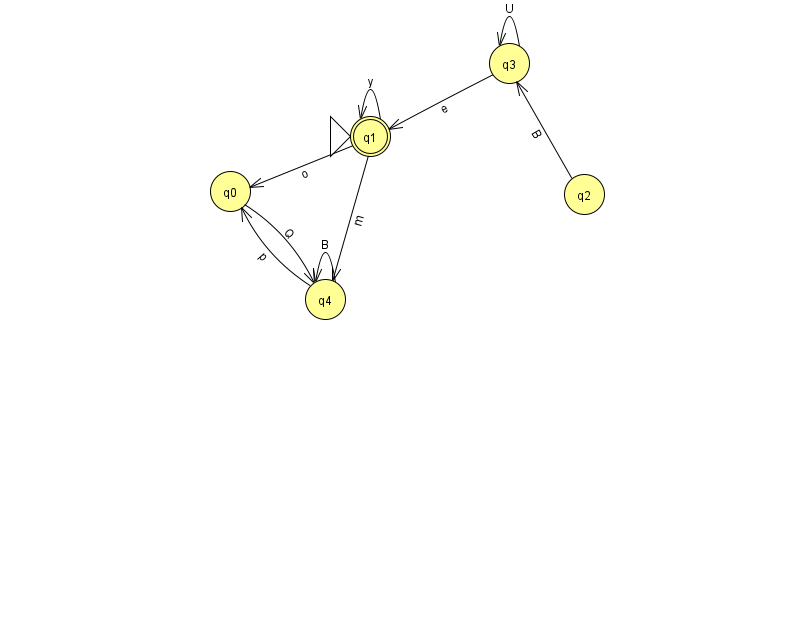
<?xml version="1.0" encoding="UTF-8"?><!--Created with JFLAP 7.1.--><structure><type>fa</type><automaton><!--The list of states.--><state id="0" name="q0"><x>230.0</x><y>178.0</y></state><state id="1" name="q1"><x>370.0</x><y>123.0</y><initial/><final/></state><state id="2" name="q2"><x>584.0</x><y>181.0</y></state><state id="3" name="q3"><x>509.0</x><y>50.0</y></state><state id="4" name="q4"><x>325.0</x><y>286.0</y></state><!--The list of transitions.--><transition><from>4</from><to>4</to><read>B</read></transition><transition><from>4</from><to>0</to><read>p</read></transition><transition><from>0</from><to>4</to><read>Q</read></transition><transition><from>3</from><to>3</to><read>U</read></transition><transition><from>2</from><to>3</to><read>B</read></transition><transition><from>1</from><to>1</to><read>y</read></transition><transition><from>1</from><to>4</to><read>m</read></transition><transition><from>3</from><to>1</to><read>e</read></transition><transition><from>1</from><to>0</to><read>o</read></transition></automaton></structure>